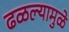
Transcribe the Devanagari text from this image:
ढळल्यामुळे